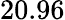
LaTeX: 20.96